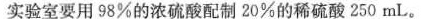
实验室要用98%的浓硫酸配制20%的稀硫酸250mL。